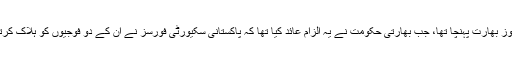
بچوں کا یہ وفد یکم مئی کو یعنی اُسی روز بھارت پہنچا تھا، جب بھارتی حکومت نے یہ الزام عائد کیا تھا کہ پاکستانی سکیورٹی فورسز نے اُن کے دو فوجیوں کو ہلاک کرتے ہوئے ان کی لاشیں مسخ کر دی ہیں۔